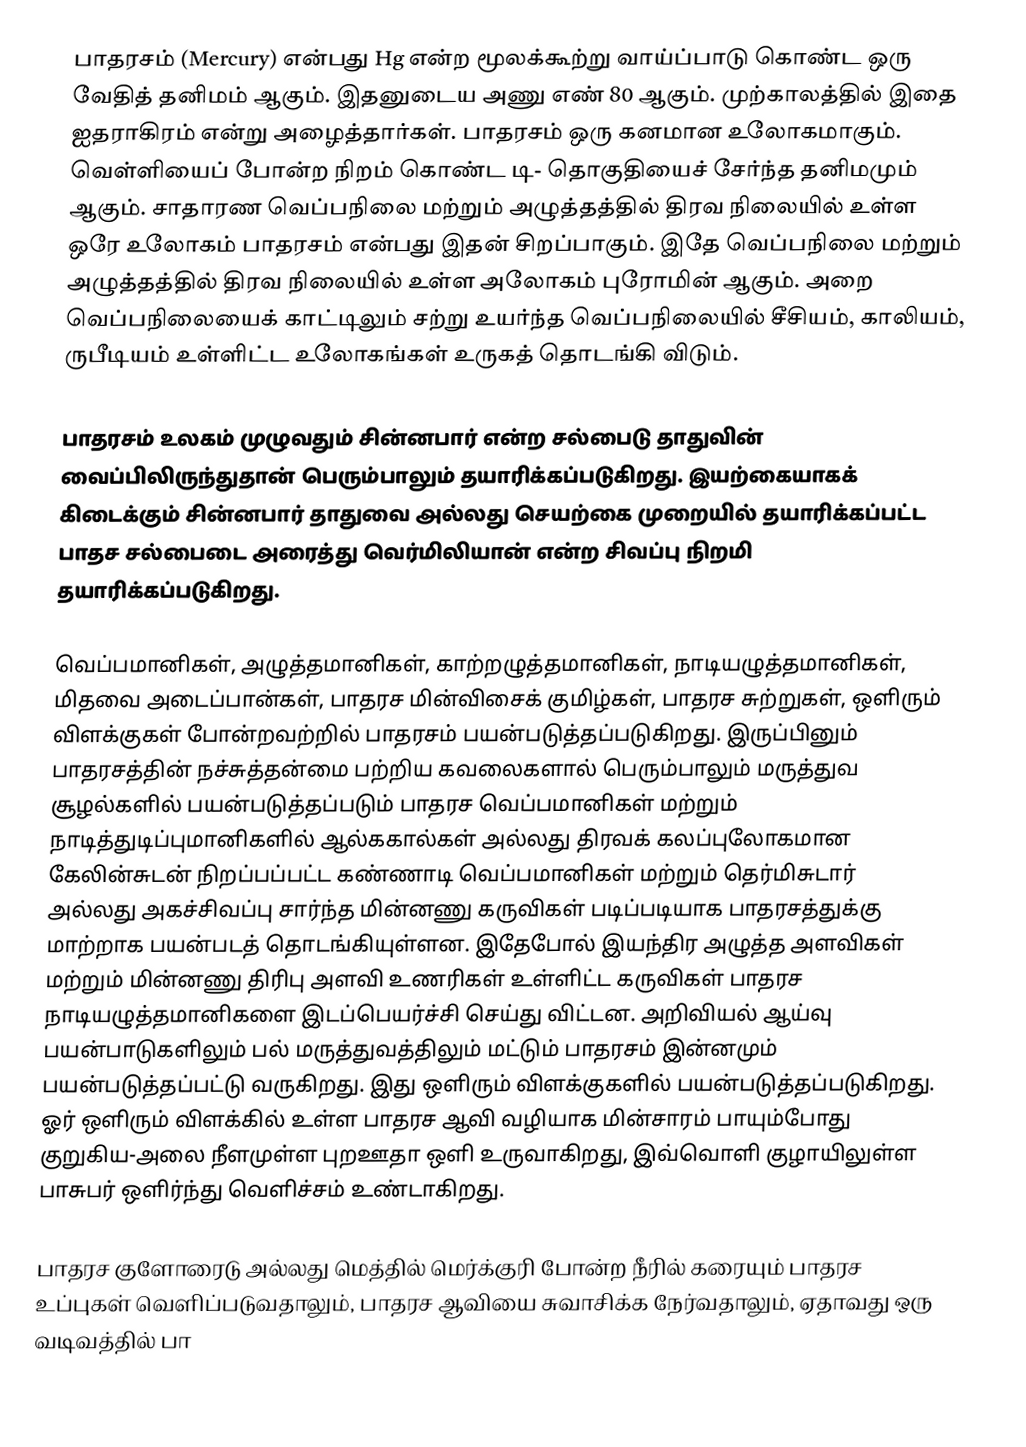
பாதரசம் (Mercury) என்பது Hg என்ற மூலக்கூற்று வாய்ப்பாடு கொண்ட ஒரு வேதித் தனிமம் ஆகும். இதனுடைய அணு எண் 80 ஆகும். முற்காலத்தில் இதை ஐதராகிரம் என்று அழைத்தார்கள். பாதரசம் ஒரு கனமான உலோகமாகும். வெள்ளியைப் போன்ற நிறம் கொண்ட டி- தொகுதியைச் சேர்ந்த தனிமமும் ஆகும். சாதாரண வெப்பநிலை மற்றும் அழுத்தத்தில் திரவ நிலையில் உள்ள ஒரே உலோகம் பாதரசம் என்பது இதன் சிறப்பாகும். இதே வெப்பநிலை மற்றும் அழுத்தத்தில் திரவ நிலையில் உள்ள அலோகம் புரோமின் ஆகும். அறை வெப்பநிலையைக் காட்டிலும் சற்று உயர்ந்த வெப்பநிலையில் சீசியம், காலியம், ருபீடியம் உள்ளிட்ட உலோகங்கள் உருகத் தொடங்கி விடும்.

பாதரசம் உலகம் முழுவதும் சின்னபார் என்ற சல்பைடு தாதுவின் வைப்பிலிருந்துதான் பெரும்பாலும் தயாரிக்கப்படுகிறது. இயற்கையாகக் கிடைக்கும் சின்னபார் தாதுவை அல்லது செயற்கை முறையில் தயாரிக்கப்பட்ட பாதச சல்பைடை அரைத்து வெர்மிலியான் என்ற சிவப்பு நிறமி தயாரிக்கப்படுகிறது.

வெப்பமானிகள், அழுத்தமானிகள், காற்றழுத்தமானிகள், நாடியழுத்தமானிகள், மிதவை அடைப்பான்கள், பாதரச மின்விசைக் குமிழ்கள், பாதரச சுற்றுகள், ஒளிரும் விளக்குகள் போன்றவற்றில் பாதரசம் பயன்படுத்தப்படுகிறது. இருப்பினும் பாதரசத்தின் நச்சுத்தன்மை பற்றிய கவலைகளால் பெரும்பாலும் மருத்துவ சூழல்களில் பயன்படுத்தப்படும் பாதரச வெப்பமானிகள் மற்றும் நாடித்துடிப்புமானிகளில் ஆல்ககால்கள் அல்லது திரவக் கலப்புலோகமான கேலின்சுடன் நிறப்பப்பட்ட கண்ணாடி வெப்பமானிகள் மற்றும் தெர்மிசுடார் அல்லது அகச்சிவப்பு சார்ந்த மின்னணு கருவிகள் படிப்படியாக பாதரசத்துக்கு மாற்றாக பயன்படத் தொடங்கியுள்ளன. இதேபோல் இயந்திர அழுத்த அளவிகள் மற்றும் மின்னணு திரிபு அளவி உணரிகள் உள்ளிட்ட கருவிகள் பாதரச நாடியழுத்தமானிகளை இடப்பெயர்ச்சி செய்து விட்டன. அறிவியல் ஆய்வு பயன்பாடுகளிலும் பல் மருத்துவத்திலும் மட்டும் பாதரசம் இன்னமும் பயன்படுத்தப்பட்டு வருகிறது. இது ஒளிரும் விளக்குகளில் பயன்படுத்தப்படுகிறது. ஓர் ஒளிரும் விளக்கில் உள்ள பாதரச ஆவி வழியாக மின்சாரம் பாயும்போது  குறுகிய-அலை நீளமுள்ள புறஊதா ஒளி உருவாகிறது, இவ்வொளி குழாயிலுள்ள பாசுபர் ஒளிர்ந்து வெளிச்சம் உண்டாகிறது.

பாதரச குளோரைடு அல்லது மெத்தில் மெர்க்குரி போன்ற நீரில் கரையும் பாதரச உப்புகள் வெளிப்படுவதாலும், பாதரச ஆவியை சுவாசிக்க நேர்வதாலும், ஏதாவது ஒரு வடிவத்தில் பா